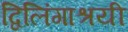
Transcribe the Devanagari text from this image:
द्विलिंगाश्रयी